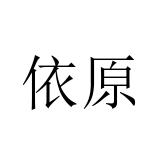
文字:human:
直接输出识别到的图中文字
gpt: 依原